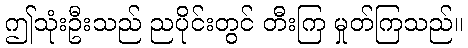
ဤသုံးဦးသည် ညပိုင်းတွင် တီးကြ မှုတ်ကြသည်။